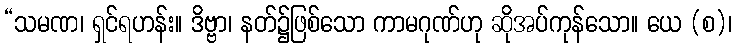
“သမဏ၊ ရှင်ရဟန်း။ ဒိဗ္ဗာ၊ နတ်၌ဖြစ်သော ကာမဂုဏ်ဟု ဆိုအပ်ကုန်သော။ ယေ (စ)၊